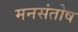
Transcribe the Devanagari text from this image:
मनसंतोष